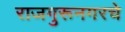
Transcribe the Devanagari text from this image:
राजगुरूनगरचे